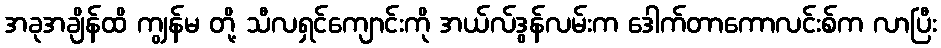
အခုအချိန်ထိ ကျွန်မ တို့ သီလရှင်ကျောင်းကို အယ်လ်ဒွန်လမ်းက ဒေါက်တာကောလင်းစ်က လာပြီး